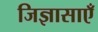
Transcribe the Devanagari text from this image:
जिज्ञासाएँ